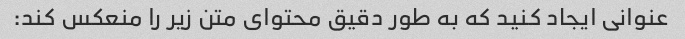
عنوانی ایجاد کنید که به طور دقیق محتوای متن زیر را منعکس کند: